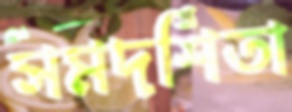
সমদর্শিতা